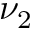
\nu _ { 2 }